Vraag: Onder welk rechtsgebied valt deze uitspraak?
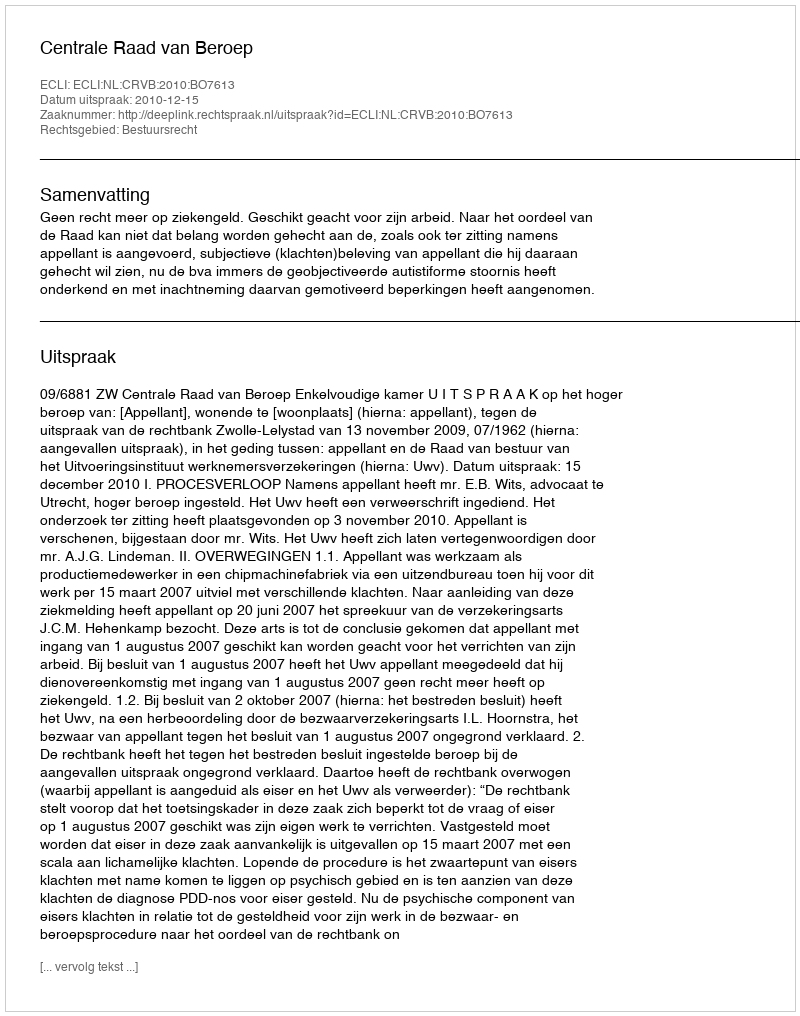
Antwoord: Bestuursrecht